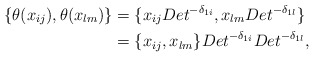
\begin{align*}\{\theta(x_{ij}), \theta(x_{lm})\} &= \{x_{ij}Det^{-\delta_{1i}}, x_{lm}Det^{-\delta_{1l}}\}\\&= \{x_{ij},x_{lm}\}Det^{-\delta_{1i}}Det^{-\delta_{1l}},\end{align*}